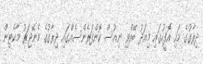
ދިރާގުގެ މައި އޮފީހުގައި މިއަދު ބޭއްވި ނިއުސް ކޮންފަރެންސެއްގައި ދިރާގުގެ މެނޭޖަރު މާކެޓިން